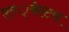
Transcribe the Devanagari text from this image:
एल्‍्बेस्टस